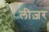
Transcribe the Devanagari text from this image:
लीज़र